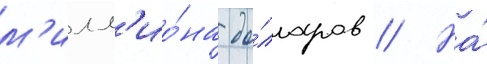
м'илл'ио́на до́лларов // На́